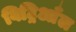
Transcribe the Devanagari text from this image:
विट्रिआँल